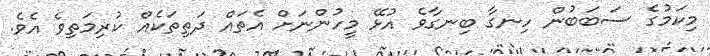
މިކަމުގެ ސަބަބުން ހިނގާ ބިނގާވެ އުޅޭ މީހުންނަށް އެތައް ދަތިތަކެއް ކުރިމަތިވެ އެވެ.